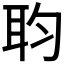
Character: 𮶏